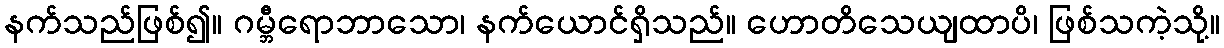
နက်သည်ဖြစ်၍။ ဂမ္ဘီရောဘာသော၊ နက်ယောင်ရှိသည်။ ဟောတိသေယျထာပိ၊ ဖြစ်သကဲ့သို့။